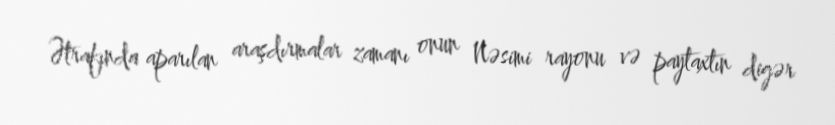
Ətrafında aparılan araşdırmalar zamanı onun Nəsimi rayonu və paytaxtın digər